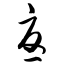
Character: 忧